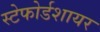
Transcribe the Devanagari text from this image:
स्टेफोर्डशायर